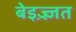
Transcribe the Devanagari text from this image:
बेइज़्ज़त